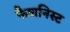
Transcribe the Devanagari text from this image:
फैशनिस्ट